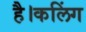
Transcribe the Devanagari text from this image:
है।कलिंग